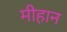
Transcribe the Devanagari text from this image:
मीहान